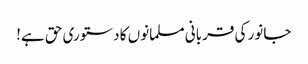
جانور کی قربانی مسلمانوں کا دستوری حق ہے!